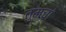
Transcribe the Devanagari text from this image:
तुमचां